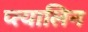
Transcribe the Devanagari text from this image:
प्त्यालिन